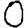
Digit: 0